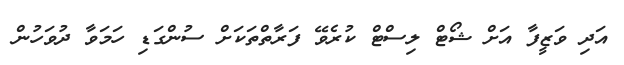
އަދި ވަޒީފާ އަށް ޝޯޓް ލިސްޓް ކުރެވޭ ފަރާތްތަކަށް ސުންގަޑި ހަމަވާ ދުވަހުން